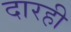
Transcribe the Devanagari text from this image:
दारही